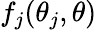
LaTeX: f_{j}(\theta_{j},\theta)